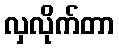
လှလိုက်တာ